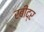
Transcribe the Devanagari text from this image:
रबींद्र